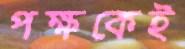
পক্ষকেই